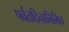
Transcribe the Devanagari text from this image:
पर्वतदिनानिमित्त